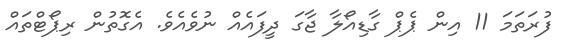
ފުރަތަމަ 11 އިން ޕެޕް ގާޑިއޯލާ ޖާގަ ދީފައެއް ނުވެއެވެ. އެގޮތުން ރިޕޯޓްތައް